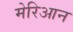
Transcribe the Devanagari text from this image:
मेरिआन